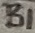
Text: B1